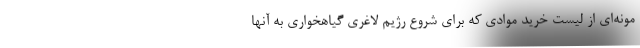
مونه‌ای از لیست خرید موادی که برای شروع رژیم لاغری گیاهخواری به آنها